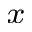
_ x